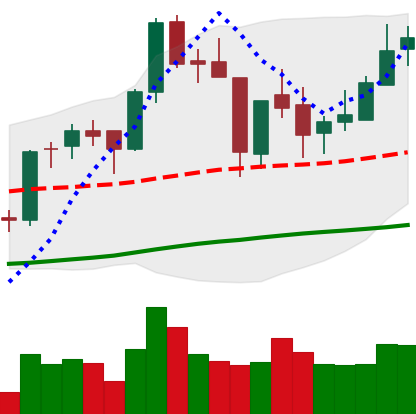
Ticker: BNB-USD
Chart end date: 2018-06-18
Forward return: -7.87%
Label: down_7plus